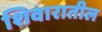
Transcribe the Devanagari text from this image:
शिवारातील